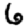
Digit: 6